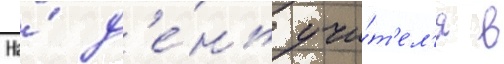
На́ д'е́нь учи́т'ел'я в